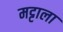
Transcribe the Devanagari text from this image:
मट्टाला